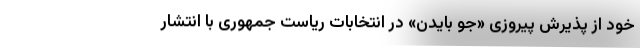
خود از پذیرش پیروزی «جو بایدن» در انتخابات ریاست جمهوری با انتشار